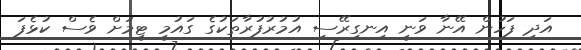
އަދި ފަހުން އޭނާ ވަނީ އިނގިރޭސި އުމުރުފުރާތަކުގެ ގައުމީ ޓީމަށް ވެސް ކުޅެފަ